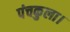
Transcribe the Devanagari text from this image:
पंचकुला।